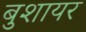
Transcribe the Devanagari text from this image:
बुशायर